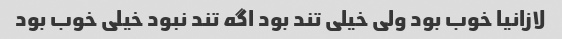
لازانیا خوب بود ولی خیلی تند بود اگه تند نبود خیلی خوب بود